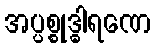
အပ္ပစ္စုဒ္ဓါရဏေ